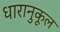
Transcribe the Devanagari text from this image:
धारानुकूल